Vaccination United Provinces of Agra and Oudh 1914-1922 - 1914-1922
Year: 1914
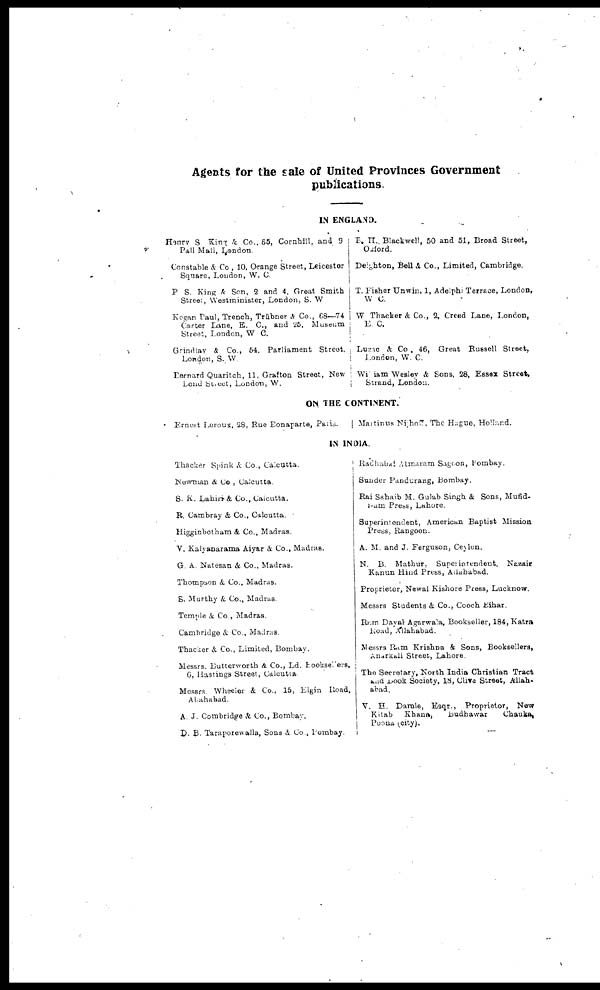
Agents for the sale of United Provinces Government
Publications,
IN ENGLAND.
Henry S King & Co., 65, Cornhill, and 9
Pall Mall, London.
Constable & Co , 10, Orange Street, Leicester
Square, London, W. C.
P S. King & Son, 2 and 4, Great Smith
Street, Westminister, London, S. W
Kegan Paul, Trench, Träbner & Co., 68—74
Carter Lane, E. C, and 25, Museum
Street, London, W C.
Grindlay & Co., 54. Parliament Street,
London, S. W.
Dernard Quaritch, 11, Grafton Street, New
Lond Street, London, W.
E. H. Blackwell, 50 and 51, Broad Street,
Oxford.
Deighton, Bell & Co., Limited, Cambridge.
T. Fisher Unwin, 1, Adelphi Terrace, London,
W C.
W Thacker & Co., 2, Creed Lane, London,
E. C.
Luzae & Co . 46, Great Russell Street,
London, W. C.
William Wesley &. Sons, 28, Essex Street,
Strand, London.
ON THE CONTINENT.
Ernest Leroux, 28, Rue Bonaparte, Paris.
Martinus Nijhor, The Hague, Holland.
IN INDIA.
Thacker Spink & Co., Calcutta.
Newman & Co , Calcutta.
S. K. Lahiri & Co., Calcutta.
R. Cambray & Co., Calcutta.
Higginbotham 4, Co., Madras.
V. Kalyanarama Aiyar & Co., Madras.
G. A. Natesan & Co., Madras.
Thompson &, Co., Madras.
S. Murthy & Co., Madras.
Temple & Co., Madras.
Cambridge & Co., Madras.
Thacker & Co., Limited, Bombay.
Messrs. Butterworth & Co., Ld. Booksellers,
G, Hastings Street, Calcutta.
Messrs. Wheeler & Co., 15, Elgin Road,
Allahabad.
A. J. Combridgre & Co., Bombay.
D. B. Taraporewalla, Sons & Co., Bombay.
Radhabai Atmaram Sagoon, Bombay.
Sunder Pandurang, Bombay.
Rai Sahaib M. Gulab Singh & Sons, Mufid¬
i-am Press, Lahore.
Superintendent, American Baptist Mission
Press, Rangoon.
A. M. and J. Ferguson, Ceylon.
N. B. Mathur, Superintendent, Nazair
Kanun Hiud Press, Allahabad.
Proprietor, Newal Kishore Press, Lucknow.
Messrs Students & Co., Cooch Bihar.
Ram Dayat Agarwala, Bookseller, 184, Katra
Road, Allahabad.
Messrs Ram Krishna & Sons, Booksellers,
Anarkali Street, Lahore.
The Secretary, North India Christian Tract
and Book Society, 18, Cliva Street, Allah-
abad.
V. H. Damle, Esqr., Proprietor, New
Kitab
Khana,
Budhawar
Chauka
Poona (city).